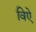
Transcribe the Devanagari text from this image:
विऐ